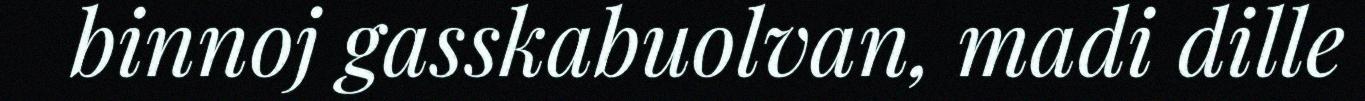
binnoj gasskabuolvan, madi dille